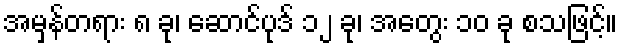
အမှန်တရား ၈ ခု၊ ဆောင်ပုဒ် ၁၂ ခု၊ အတွေး ၁၀ ခု စသဖြင့်။